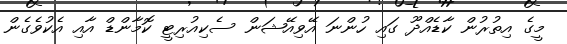
މީގެ އިތުރުން ކާޑެއްދޫ ގައި ހުންނަ އޭވިއޭޝަން ސެކިއުރިޓީ ކޮމާންޑް އާއި އެކުވެގެން